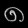
Digit: ၈